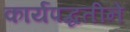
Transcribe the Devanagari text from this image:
कार्यपद्धतीने